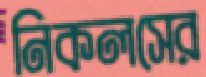
নিকলসের